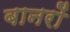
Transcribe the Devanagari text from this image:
बानरों